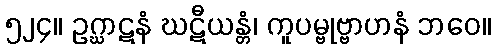
၅၂၄။ ဥဂ္ဃာဋနံ ဃဋီယန္တံ၊ ကူပမ္ဗုဗ္ဗာဟနံ ဘဝေ။